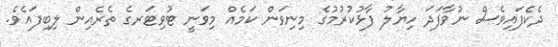
ދެކެފައިވެސް ނުވާފަދަ ހިޔާލު ފާޅުކުރުމުގެ މިނިވަން ކަމެއް މިވަނީ ޓުވިޓަރގެ ތެރެއިން ލިބިފައެވެ.